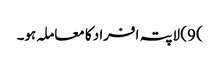
) 9) لاپتہ افراد کا معاملہ ہو۔